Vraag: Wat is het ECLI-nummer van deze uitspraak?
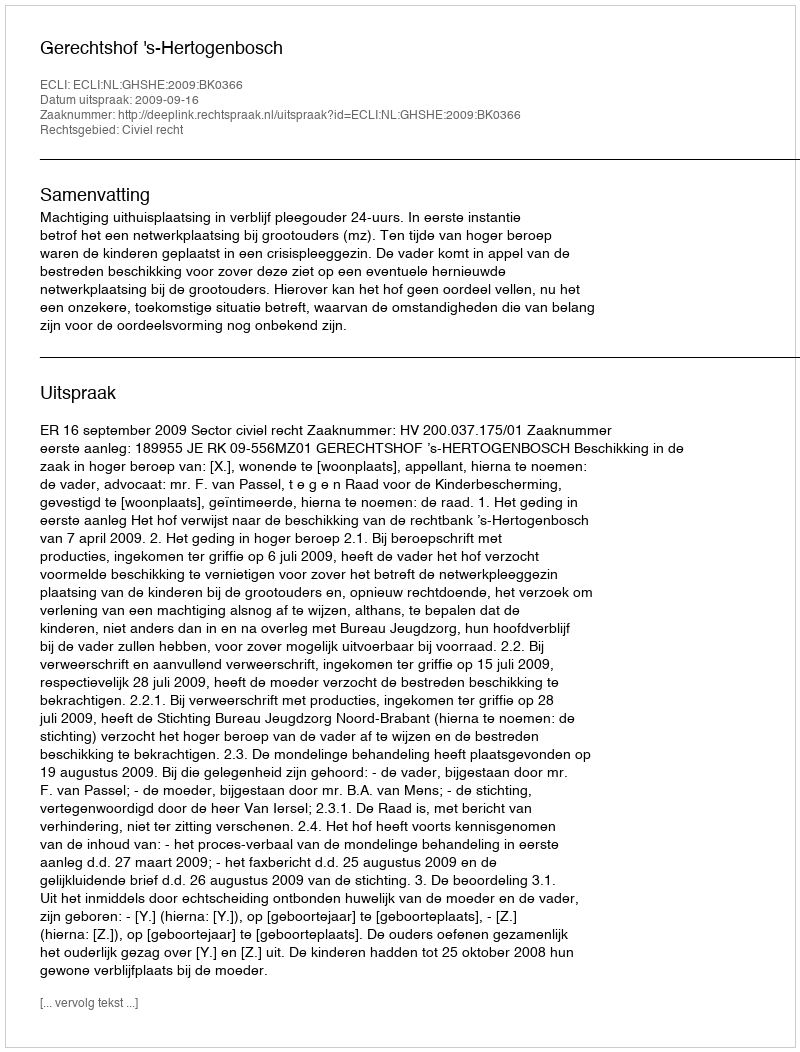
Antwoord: ECLI:NL:GHSHE:2009:BK0366